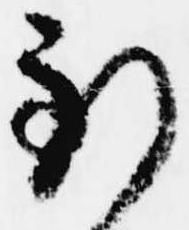
到